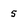
Character: 5